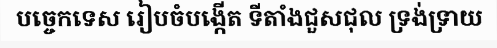
បច្ចេកទេស រៀបចំបង្កើត ទីតាំងជួសជុល ទ្រង់ទ្រាយ